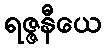
ရဇ္ဇနီယေ